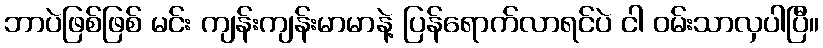
ဘာပဲဖြစ်ဖြစ် မင်း ကျန်းကျန်းမာမာနဲ့ ပြန်ရောက်လာရင်ပဲ ငါ ဝမ်းသာလှပါပြီ။